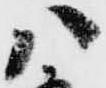
八